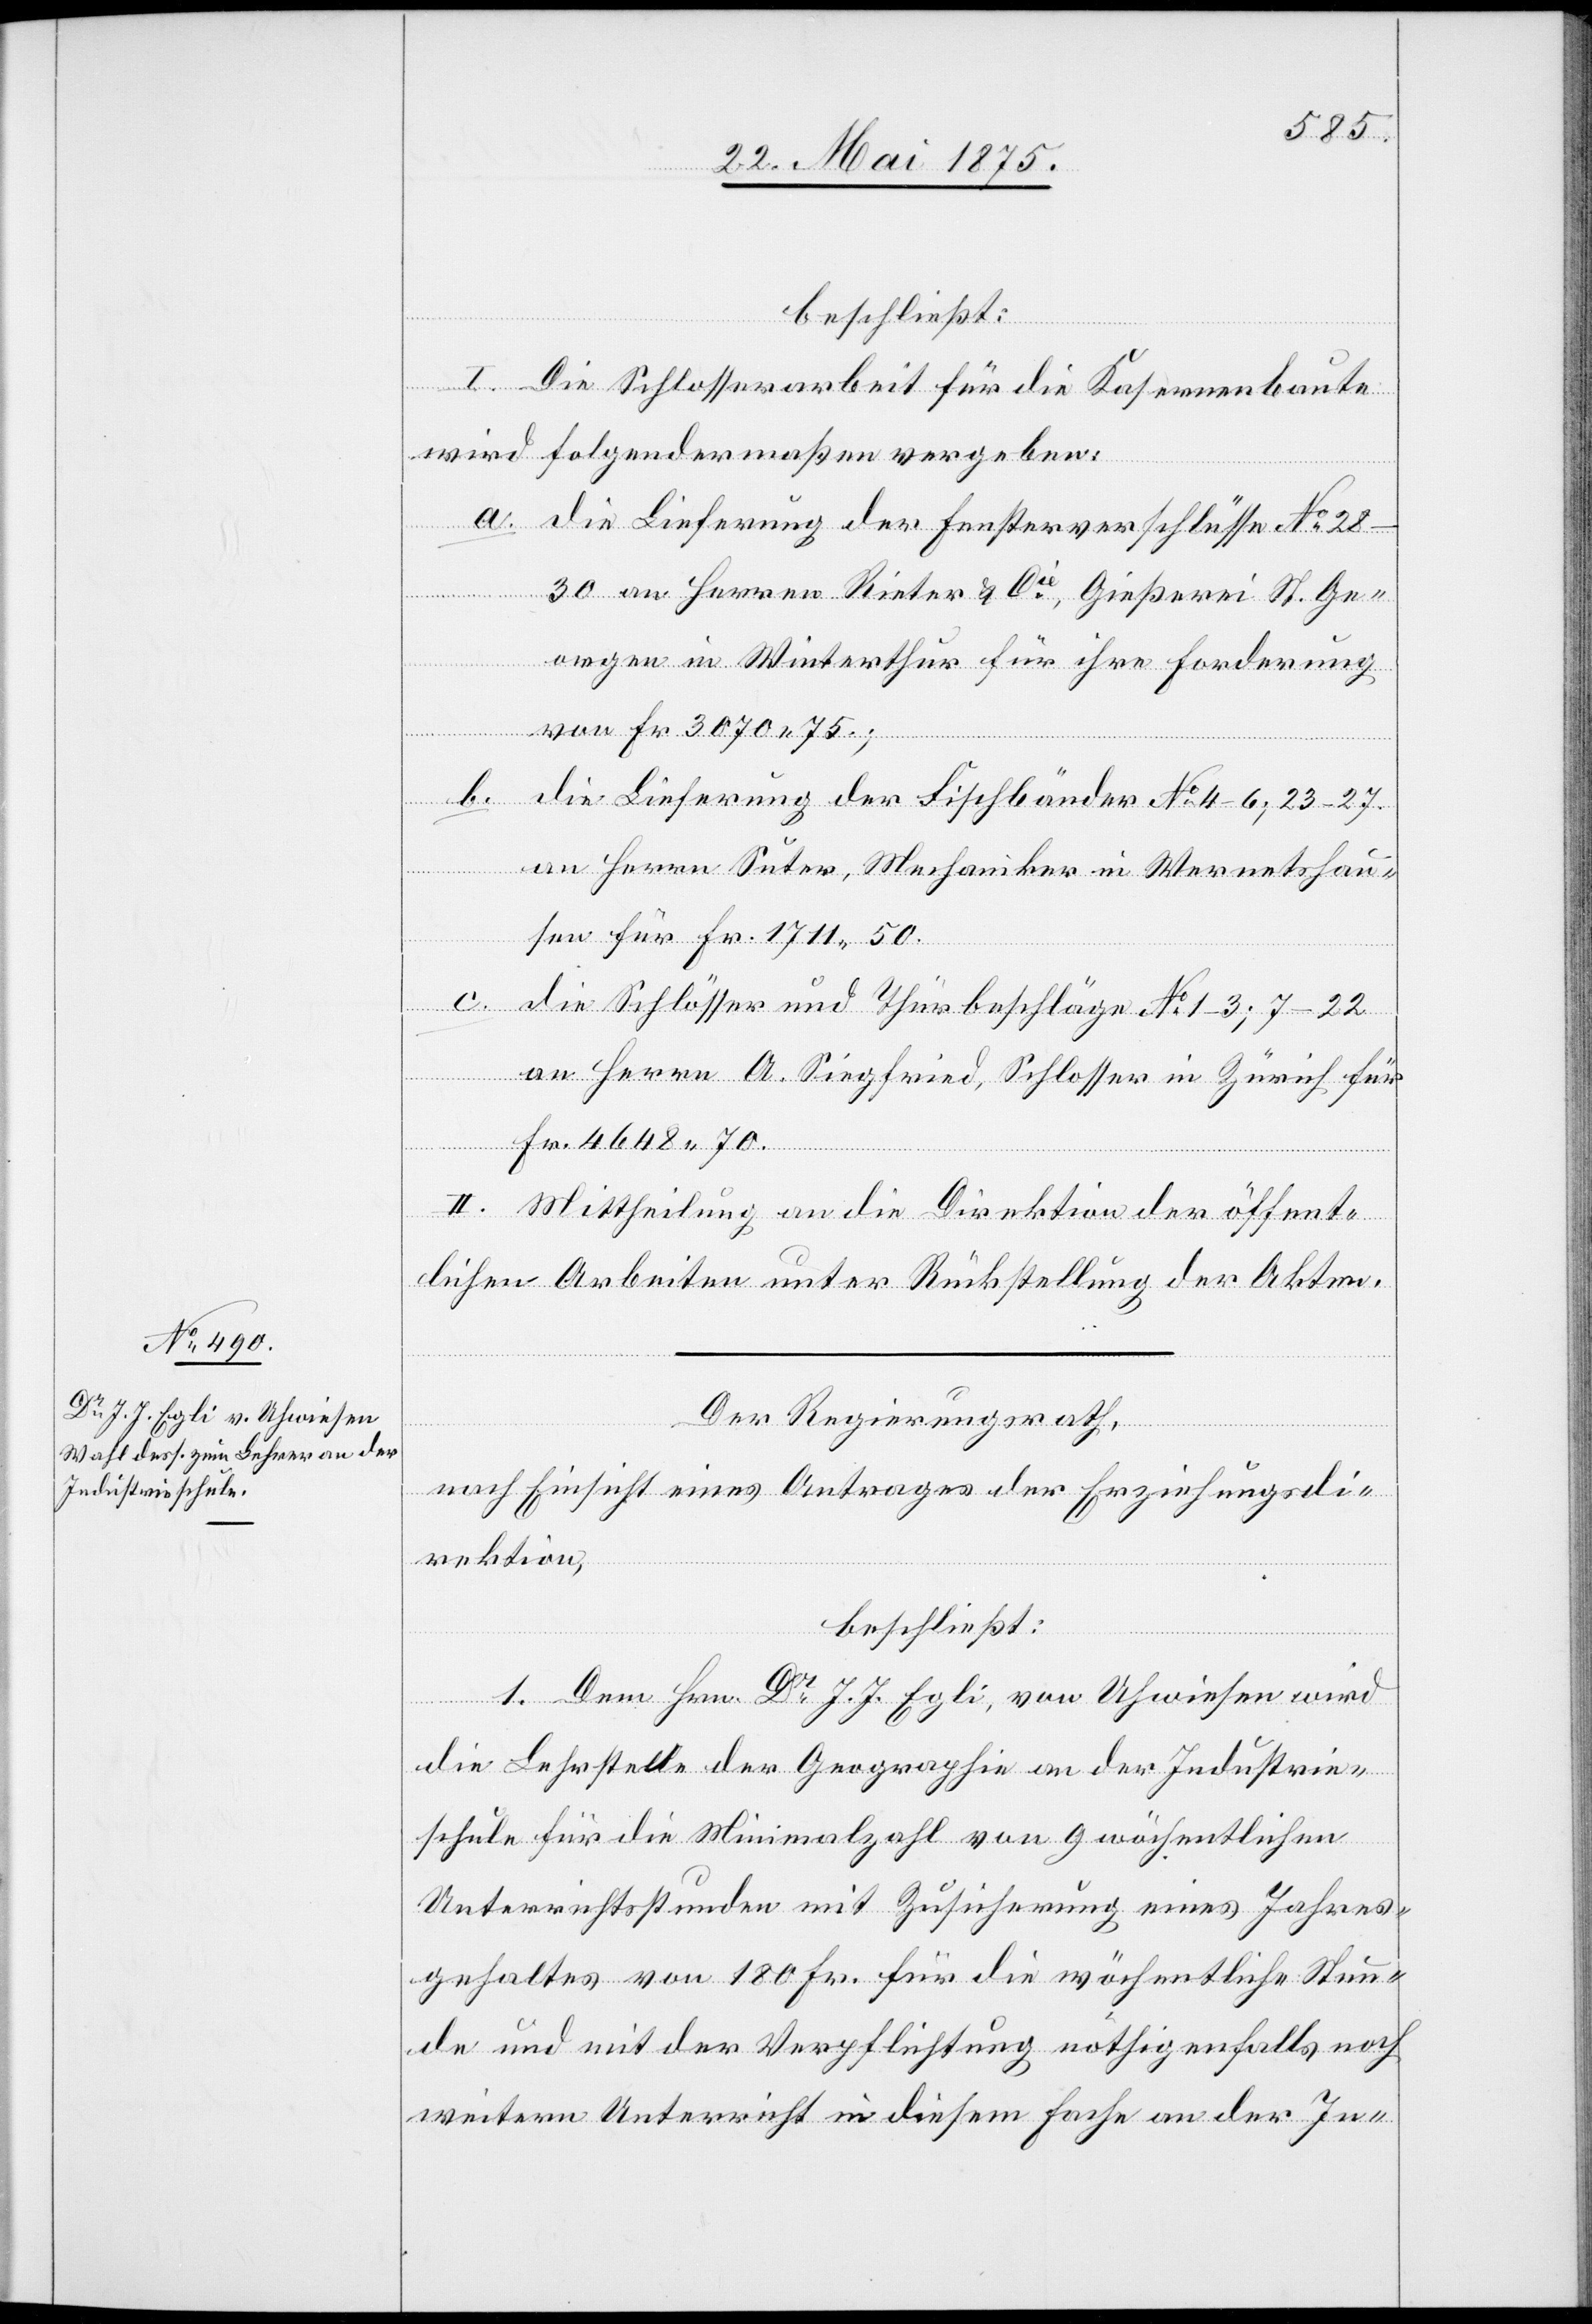
beschließt:
I. Die Schlosserarbeit für die Kasernenbaute
wird folgendermaßen vergeben:
a. die Lieferung der Fensterverschlüsse No
28–30 an Herren Rieter & Cie, Gießerei St. Ge¬
orgen in Winterthur für ihre Forderung
von Fr. 3070 75.;
die Lieferung der Fischbänder No 4–6; 23–27
an Herrn Suter, Mechaniker in Wernetshau¬
sen für Fr. 1711 50.
c.
die Schlösser und Thürbeschläge No 1–3; 7–22
an Herrn a. Siegfried, Schlosser in Zürich für
Fr. 4648 70.
II. Mittheilung an die Direktion der öffent¬
lichen Arbeiten unter Rückstellung der Akten.
Der Regierungsrath,
nach Einsicht eines Antrages der Erziehungsdi¬
rektion,
beschließt:
1. Dem Hrn. Dr J. J. Egli, von Uhwiesen wird
die Lehrstelle der Geographie an der Industrie¬
schule für die Minimalzahl von 9 wöchentlichen
Unterrichtsstunden mit Zusicherung eines Jahres¬
gehaltes von 180 Fr. für die wöchentliche Stun¬
de und mit der Verpflichtung nöthigenfalls noch
weitern Unterricht in diesem Fache an der In-